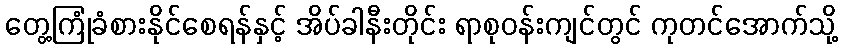
တွေ့ကြုံခံစားနိုင်စေရန်နှင့် အိပ်ခါနီးတိုင်း ရာစုဝန်းကျင်တွင် ကုတင်အောက်သို့